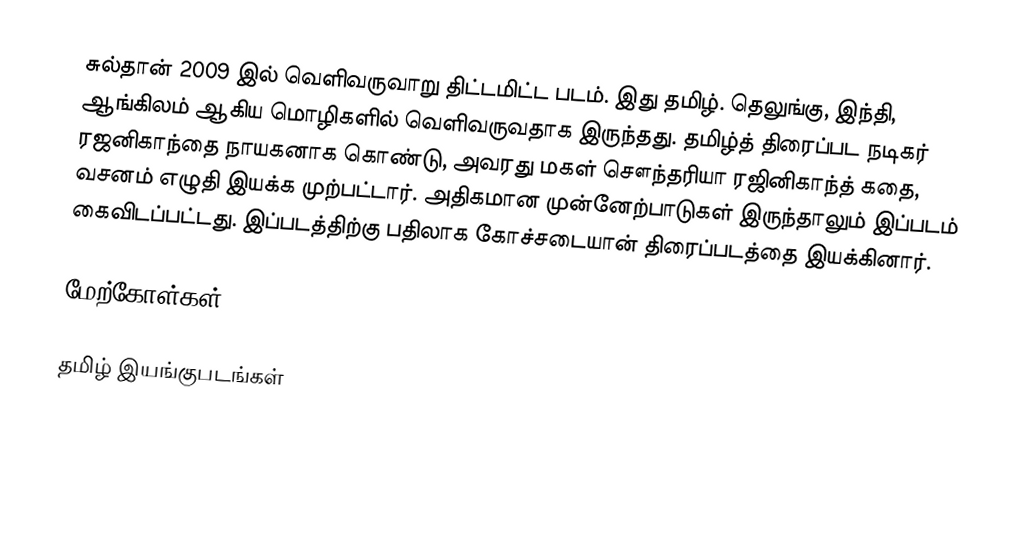
சுல்தான் 2009 இல் வெளிவருவாறு திட்டமிட்ட படம். இது தமிழ். தெலுங்கு, இந்தி, ஆங்கிலம் ஆகிய மொழிகளில் வெளிவருவதாக இருந்தது. தமிழ்த் திரைப்பட நடிகர் ரஜனிகாந்தை நாயகனாக கொண்டு, அவரது மகள் சௌந்தரியா ரஜினிகாந்த் கதை, வசனம் எழுதி இயக்க முற்பட்டார். அதிகமான முன்னேற்பாடுகள் இருந்தாலும் இப்படம் கைவிடப்பட்டது. இப்படத்திற்கு பதிலாக கோச்சடையான் திரைப்படத்தை இயக்கினார்.

மேற்கோள்கள்

தமிழ் இயங்குபடங்கள்